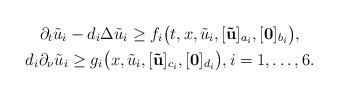
LaTeX: \begin{gather*}\partial_t \tilde{u}_i - d_i \Delta \tilde{u}_i \ge f_i\big(t,x,\tilde{u}_i, [{\bf\tilde{u}}]_{a_i}, [{\bf 0}]_{b_i}\big),\\ d_i \partial_{\nu} \tilde{u}_i \ge g_i\big(x,\tilde{u}_i, [{\bf \tilde{u}}]_{c_i}, [{\bf 0} ]_{d_i}\big), i=1,\ldots,6.\end{gather*}